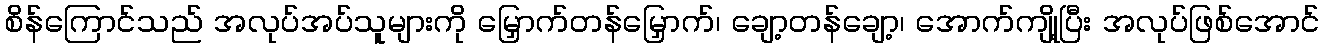
စိန်ကြောင်သည် အလုပ်အပ်သူများကို မြှောက်တန်မြှောက်၊ ချော့တန်ချော့၊ အောက်ကျို့ပြီး အလုပ်ဖြစ်အောင်